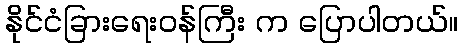
နိုင်ငံခြားရေးဝန်ကြီး က ပြောပါတယ်။